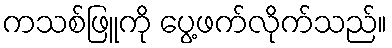
ကသစ်ဖြူကို ပွေ့ဖက်လိုက်သည်။